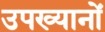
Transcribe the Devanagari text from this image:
उपख्यानों